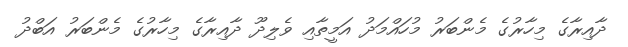
ދާއިރާގެ މިހާރުގެ މެންބަރު މުހައްމަދު އަމީތާއި ވެލިދޫ ދާއިރާގެ މިހާރުގެ މެންބަރު އަބްދު